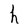
Character: h